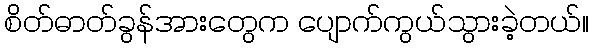
စိတ်ဓာတ်ခွန်အားတွေက ပျောက်ကွယ်သွားခဲ့တယ်။